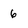
Character: 6